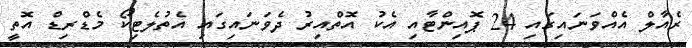
ރެއާލް އެއްވަނައިގައި 24 ޕޮއިންޓާއި އެކު އޮތްއިރު ދެވަނައިގައި އެތުލެޓިކޯ މެޑްރިޑް އޮތީ